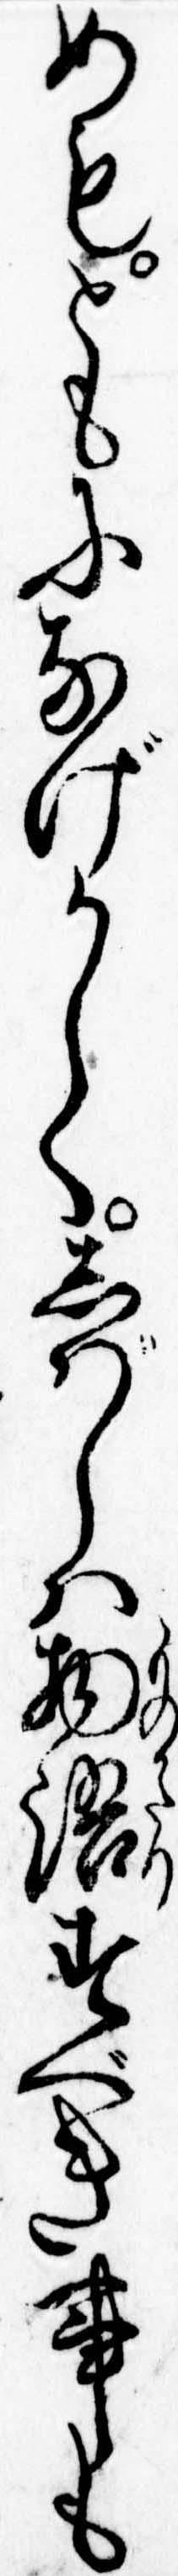
めもともになげかしくしばしは物語すべき事も